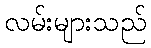
လမ်းများသည်